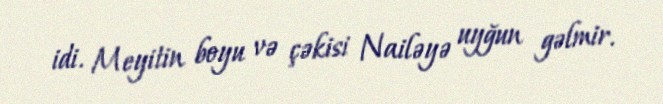
idi. Meyitin boyu və çəkisi Nailəyə uyğun gəlmir.